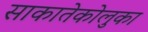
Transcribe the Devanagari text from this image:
साकातेकोलुका